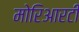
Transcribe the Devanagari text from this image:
मोरिआरटी